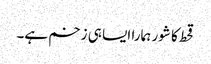
قحط کا شور ہمارا ایسا ہی زخم ہے۔